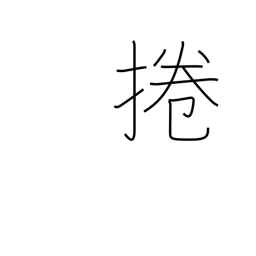
Meaning: roll